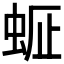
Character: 𧋇